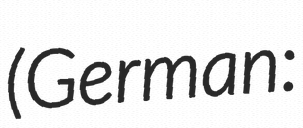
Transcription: (German: